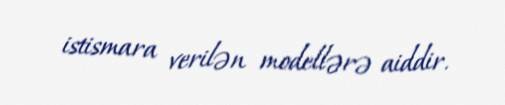
istismara verilən modellərə aiddir.